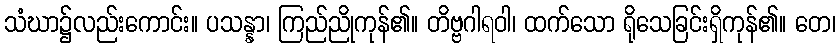
သံဃာ၌လည်းကောင်း။ ပသန္နာ၊ ကြည်ညိုကုန်၏။ တိဗ္ဗဂါရဝါ၊ ထက်သော ရိုသေခြင်းရှိကုန်၏။ တေ၊